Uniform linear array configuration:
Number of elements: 48
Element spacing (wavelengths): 0.25
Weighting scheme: cosine
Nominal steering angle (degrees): -45
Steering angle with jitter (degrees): -44.236
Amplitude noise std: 0.05
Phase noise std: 0.05

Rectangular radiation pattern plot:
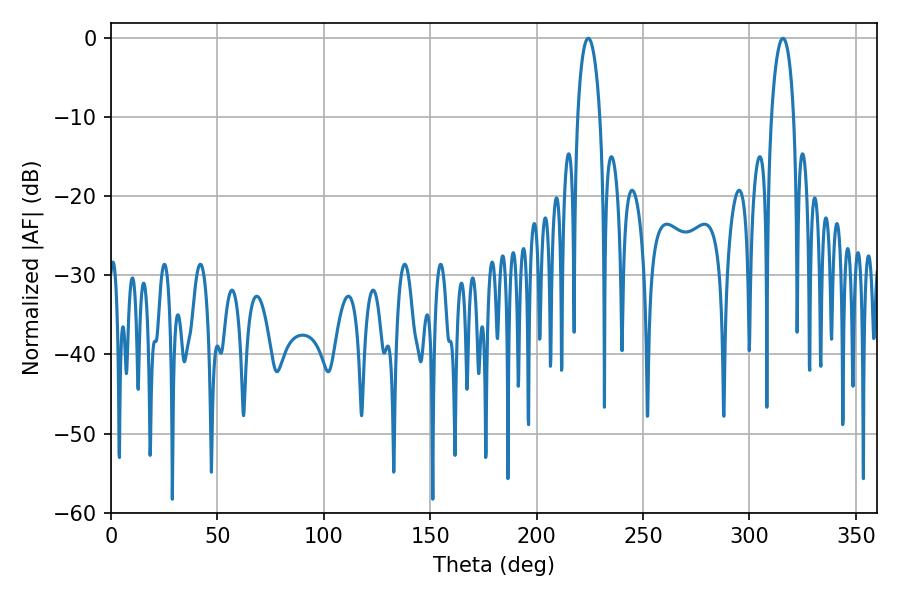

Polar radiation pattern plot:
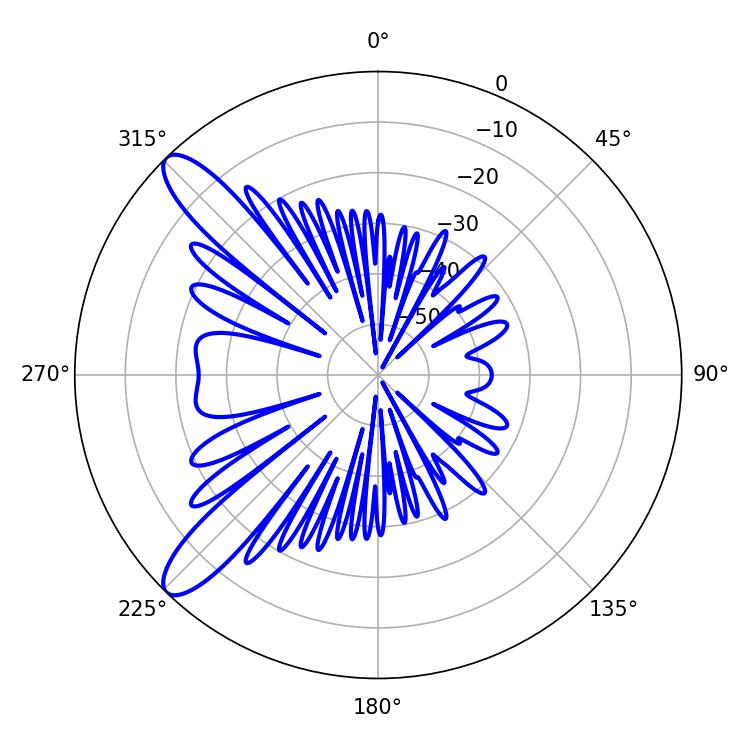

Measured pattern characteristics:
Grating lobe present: FALSE
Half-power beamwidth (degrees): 5.94
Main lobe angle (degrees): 315.72